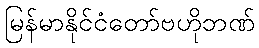
မြန်မာနိုင်ငံတော်ဗဟိုဘဏ်